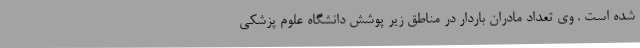
شده است . وی تعداد مادران باردار در مناطق زیر پوشش دانشگاه علوم پزشکی